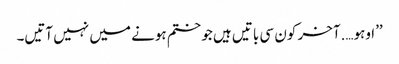
’’اوہو….آخر کون سی باتیں ہیں جو ختم ہونے میں نہیں آتیں۔